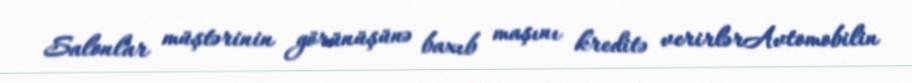
Salonlar müştərinin görünüşünə baxıb maşını kreditə verirlərAvtomobilin